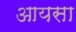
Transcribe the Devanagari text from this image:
आयसा